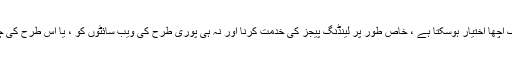
سبھی نے کہا اور کیا ، کچھ معاملات میں ان پلگ ان کا استعمال کرنا ایک اچھا اختیار ہوسکتا ہے ، خاص طور پر لینڈنگ پیجز کی خدمت کرنا اور نہ ہی پوری طرح کی ویب سائٹوں کو ، یا اس طرح کی چھوٹی ویب سائٹیں جن میں کمنٹس جیسے متحرک عناصر نہیں ہوتے ہیں۔